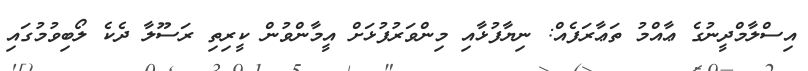
އިސްލާމްދީނުގެ ޢާއްމު ތަޢާރަފެއް: ނިޔާފުޅާއި މިންވަރުފުޅަށް އީމާންވުން ކީރިތި ރަސޫލާ ދެކެ ލޯބިވުމުގައި